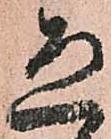
恐